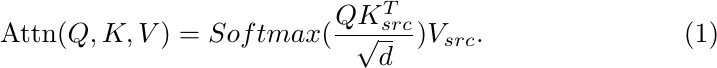
\begin{gather}
    \mathrm{Attn}(Q,K,V)=Softmax(\frac{QK_{src}^T}{\sqrt{d}})V_{src}.
\end{gather}